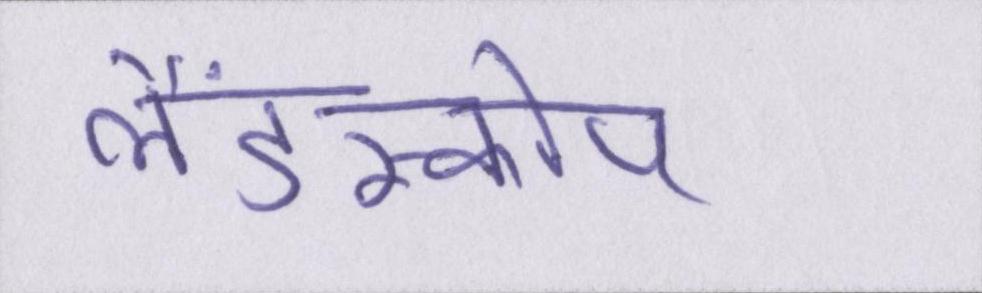
लैंडस्कोप